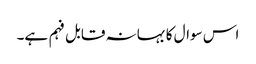
اس سوال کا بہانہ قابل فہم ہے۔